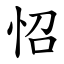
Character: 怊